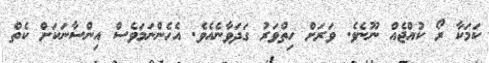
ކަމަކާ ރޯ ކުއްޖެއް ނޫނެވެ. ވަރަށް ހިތްވަރު ގަދަވާނެއެވެ. އެހެންނަމަވެސް އިންސާނަކަށް ކެތް